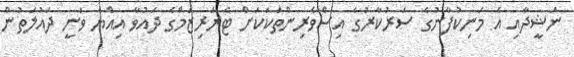
ނަޝީދާއި އެ މަނިކުފާނުގެ ސަރުކާރުގެ އިސްވެރިންތަކަކަށް ޓެރަރިޒަމްގެ ދައުވާ އިއްޔެ ވަނީ ދައުލަތުން